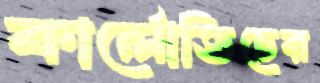
কার্লোভিচের